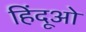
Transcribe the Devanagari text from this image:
हिंदूओ